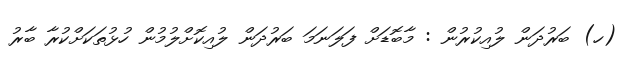
(ހ) ބަރުދަން ލުއިކުރުން : މާބޮޑަށް ފަލަނަމަ ބަރުދަން ލުއިކޮށްލުމުން ހުޅުތަކަށްކުރާ ބާރު